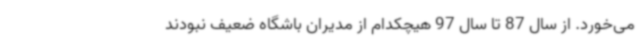
می‌خورد. از سال 87 تا سال 97 هیچکدام از مدیران باشگاه ضعیف نبودند